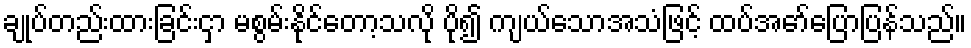
ချုပ်တည်းထားခြင်းငှာ မစွမ်းနိုင်တော့သလို ပို၍ ကျယ်သောအသံဖြင့် ထပ်အော်ပြောပြန်သည်။